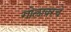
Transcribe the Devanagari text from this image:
गोलावरचे